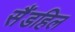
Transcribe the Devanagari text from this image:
सैंडहिल